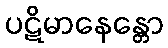
ပဋိမာနေန္တော